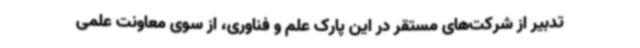
تدبیر از شرکت‌های مستقر در این پارک علم و فناوری، از سوی معاونت علمی